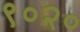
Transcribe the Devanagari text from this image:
९०२०